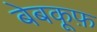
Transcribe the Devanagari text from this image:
बेबकूफ़